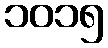
၁၀၁၅